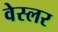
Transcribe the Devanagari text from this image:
वेस्लर